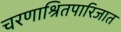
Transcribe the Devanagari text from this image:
चरणाश्रितपारिजात